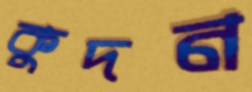
কুদন